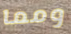
ومما